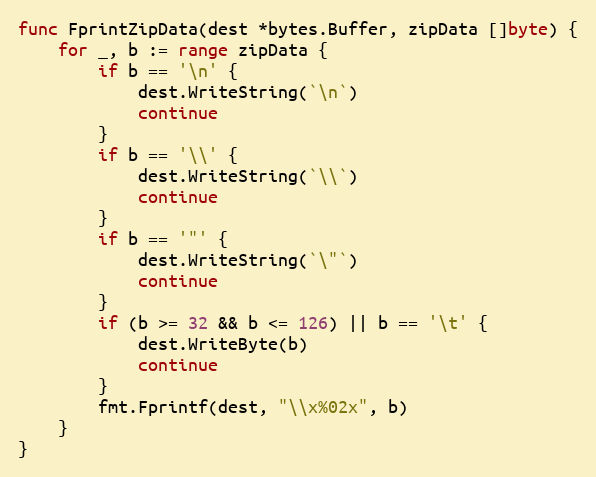
Language: Go
func FprintZipData(dest *bytes.Buffer, zipData []byte) {
	for _, b := range zipData {
		if b == '\n' {
			dest.WriteString(`\n`)
			continue
		}
		if b == '\\' {
			dest.WriteString(`\\`)
			continue
		}
		if b == '"' {
			dest.WriteString(`\"`)
			continue
		}
		if (b >= 32 && b <= 126) || b == '\t' {
			dest.WriteByte(b)
			continue
		}
		fmt.Fprintf(dest, "\\x%02x", b)
	}
}